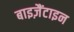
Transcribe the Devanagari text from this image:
बाइज़ैंटाइन